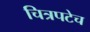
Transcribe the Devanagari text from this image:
चित्रपटेच